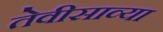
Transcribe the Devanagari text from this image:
तेवीसाव्‍या